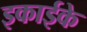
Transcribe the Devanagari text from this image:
इकाईके